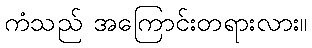
ကံသည် အကြောင်းတရားလား။